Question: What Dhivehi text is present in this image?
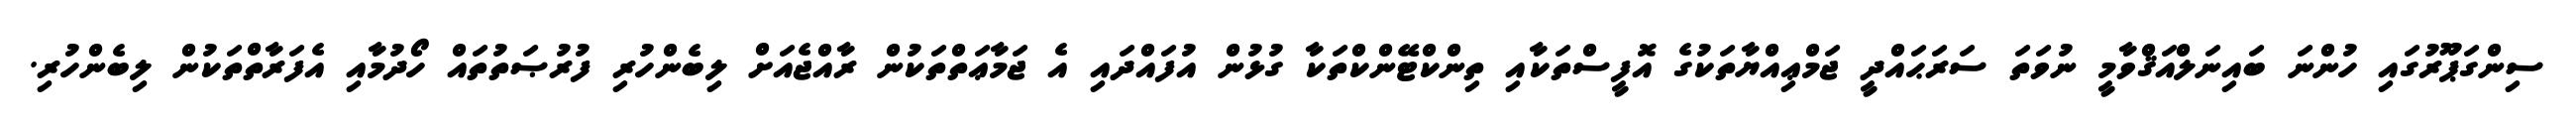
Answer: ސިންގަޕޫރުގައި ހުންނަ ބައިނަލްއަޤްވާމީ ނުވަތަ ސަރަޙައްދީ ޖަމްޢިއްޔާތަކުގެ އޮފީސްތަކާއި ތިންކްޓޭންކްތަކާ ގުޅުން އުފައްދައި އެ ޖަމާޢަތްތަކުން ރާއްޖެއަށް ލިބެންހުރި ފުރުޞަތުތައް ހޯދުމާއި އެފަރާތްތަކުން ލިބެންހުރި.